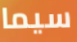
سيما